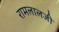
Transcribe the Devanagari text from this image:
रामलालजी